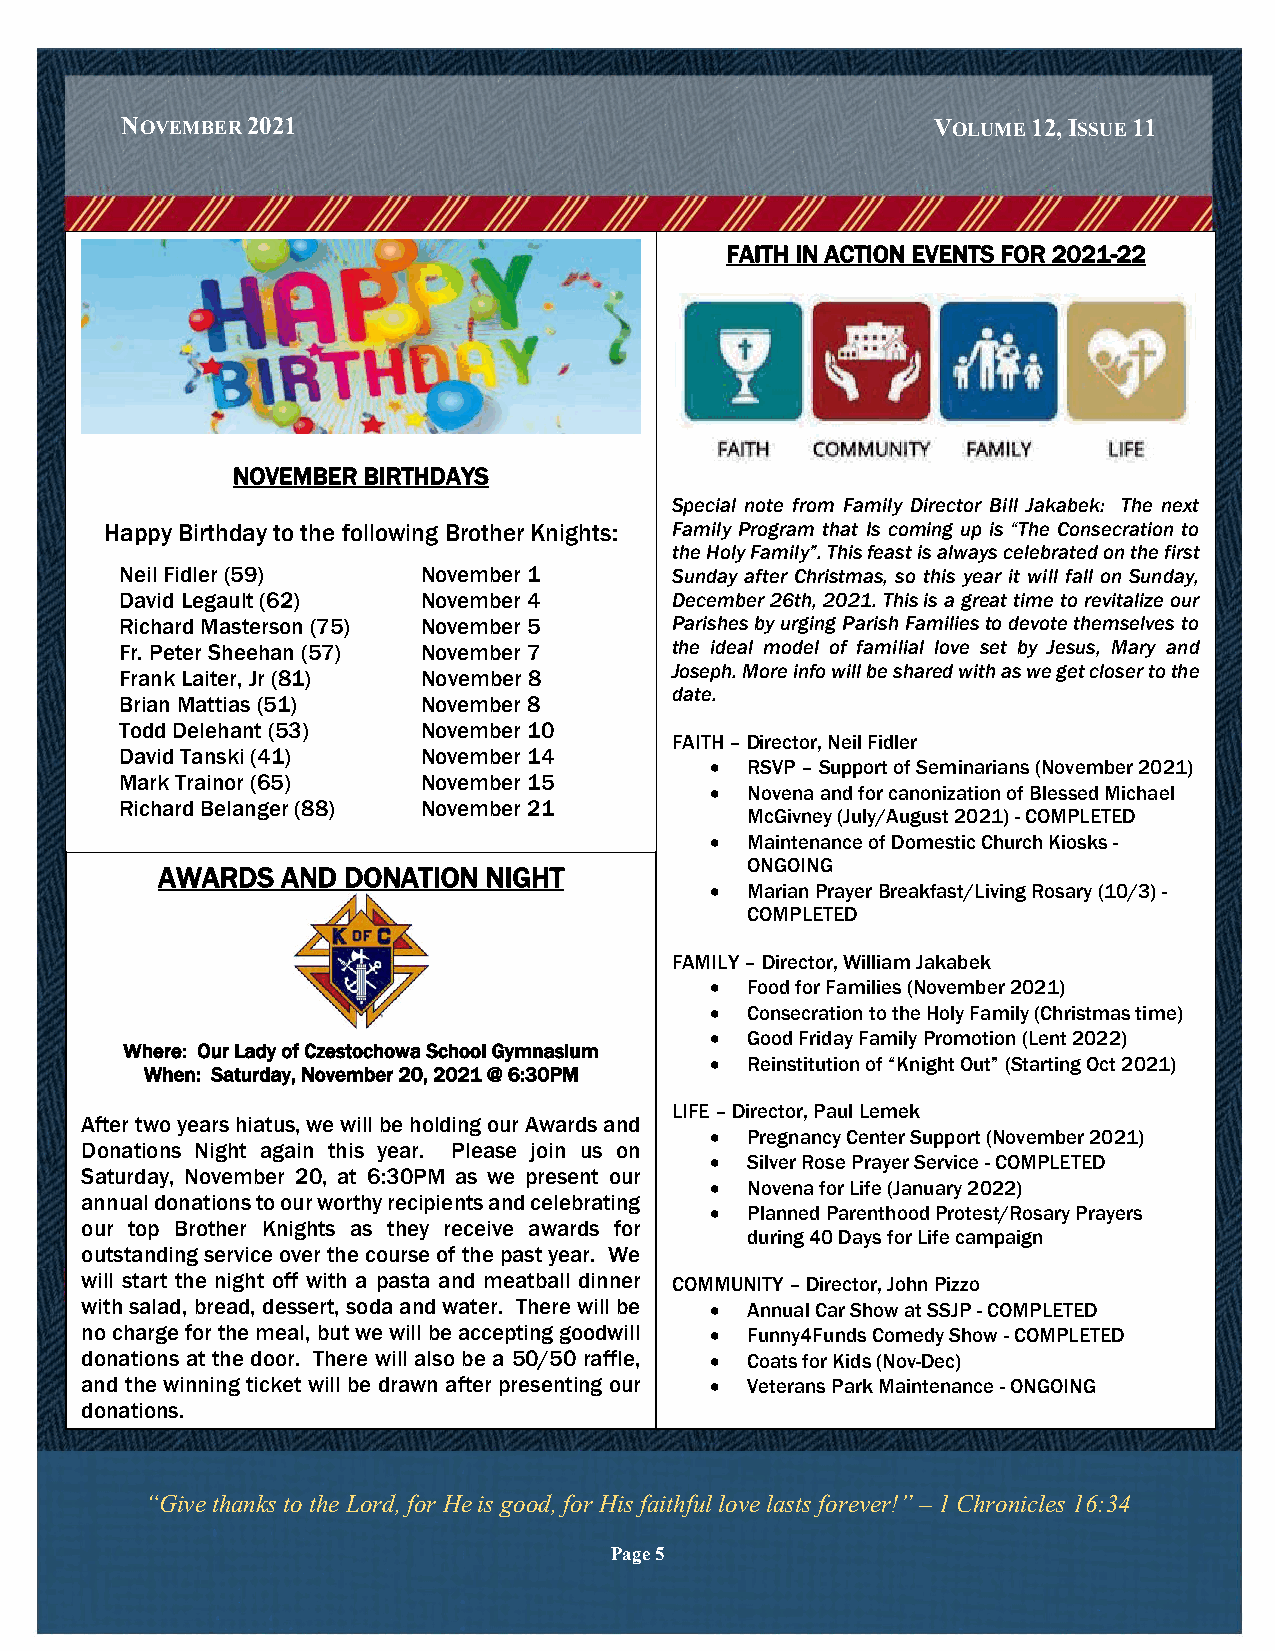
NOVEMBER 2021                                         VOLUME 12, ISSUE 11
 FAITH IN ACTION EVENTS FOR 2021-22
 NOVEMBER BIRTHDAYS
 Special note from Family Director Bill Jakabek: The next
 Happy Birthday to the following Brother Knights: Family Program that Is coming up is “The Consecration to
 the Holy Family”. This feast is always celebrated on the first
 Neil Fidler (59)    November 1      Sunday after Christmas, so this year it will fall on Sunday,
 David Legault (62)  November 4      December 26th, 2021. This is a great time to revitalize our
 Richard Masterson (75) November 5   Parishes by urging Parish Families to devote themselves to
 Fr. Peter Sheehan (57) November 7   the ideal model of familial love set by Jesus, Mary and
 Joseph. More info will be shared with as we get closer to the
 Frank Laiter, Jr (81) November 8
 date.
 Brian Mattias (51)  November 8
 Todd Delehant (53)  November 10
 FAITH – Director, Neil Fidler
 David Tanski (41)   November 14
 • RSVP – Support of Seminarians (November 2021)
 Mark Trainor (65)   November 15
 • Novena and for canonization of Blessed Michael
 Richard Belanger (88) November 21
 McGivney (July/August 2021) - COMPLETED
 • Maintenance of Domestic Church Kiosks -
 ONGOING
 AWARDS   AND DONATION NIGHT
 • Marian Prayer Breakfast/Living Rosary (10/3) -
 COMPLETED
 FAMILY – Director, William Jakabek
 • Food for Families (November 2021)
 • Consecration to the Holy Family (Christmas time)
 • Good Friday Family Promotion (Lent 2022)
 Where: Our Lady of Czestochowa School Gymnasium
 • Reinstitution of “Knight Out” (Starting Oct 2021)
 When: Saturday, November 20, 2021 @ 6:30PM
 LIFE – Director, Paul Lemek
 After two years hiatus, we will be holding our Awards and
 • Pregnancy Center Support (November 2021)
 Donations Night again this year. Please join us on
 • Silver Rose Prayer Service - COMPLETED
 Saturday, November 20, at 6:30PM as we present our
 • Novena for Life (January 2022)
 annual donations to our worthy recipients and celebrating
 • Planned Parenthood Protest/Rosary Prayers
 our top Brother Knights as they receive awards for
 during 40 Days for Life campaign
 outstanding service over the course of the past year. We
 will start the night off with a pasta and meatball dinner COMMUNITY – Director, John Pizzo
 with salad, bread, dessert, soda and water. There will be • Annual Car Show at SSJP - COMPLETED
 no charge for the meal, but we will be accepting goodwill • Funny4Funds Comedy Show - COMPLETED
 donations at the door. There will also be a 50/50 raffle, • Coats for Kids (Nov-Dec)
 and the winning ticket will be drawn after presenting our • Veterans Park Maintenance - ONGOING
 donations.
 Thank you for all you do!
 Paul Lemek
 “Give thanks to the Lord, for He is good, for His faitPhrfougl rlaomve/L liafes tDsi rfeocrteovr er!” – 1 Chronicles 16:34
 Page 5